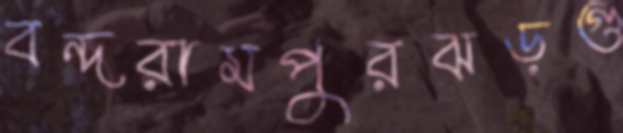
বন্দরামপুরঝড়গু